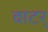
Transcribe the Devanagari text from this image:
वाटर्